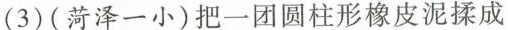
(3) (菏泽一小) 把一团圆柱形橡皮泥揉成